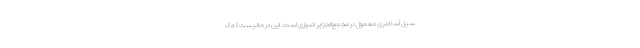
سیل آسا امری معمول در مجمع‌الجزایر اندوزی است. این در حالیست که ک